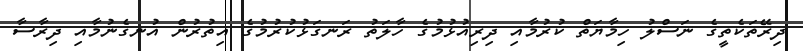
ދިރޭތަކެތީގެ ނަސްލު ހިމާޔަތް ކުރުމާއި ދިރިއުޅުމުގެ ހާލަތު ރަނގަޅުކުރުމުގެ އިތުރުން އުނގެނުމާއި ދިރާސާ